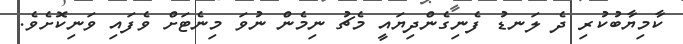
ކާމިޔާބުކުރި ދެ ލަނޑު ފެނިގެންދިޔައީ މެޗު ނިމެން ނުވަ މިނެޓަށް ވެފައި ވަނިކޮށެވެ.